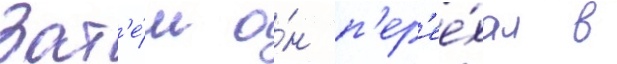
Зат'е́м о́н п'ер'ее́хал в